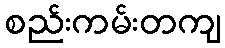
စည်းကမ်းတကျ